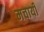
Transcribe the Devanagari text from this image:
मचायी